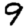
Digit: 9